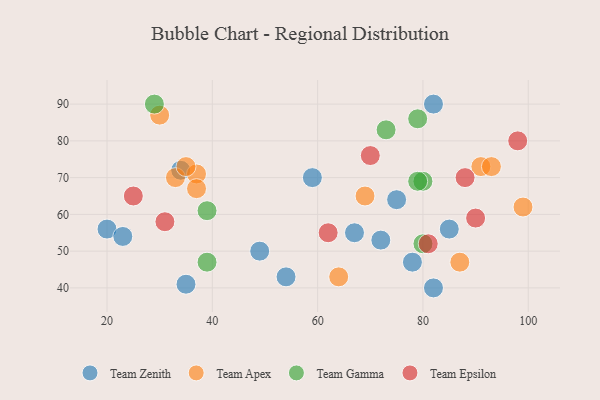
{"axis": {"x": "GDP", "y": "Life Expectancy"}, "legend": ["Team Apex", "Team Epsilon", "Team Gamma", "Team Zenith"], "data": [{"x": "78", "y": 47, "type": "Team Zenith"}, {"x": "54", "y": 43, "type": "Team Zenith"}, {"x": "75", "y": 64, "type": "Team Zenith"}, {"x": "67", "y": 55, "type": "Team Zenith"}, {"x": "82", "y": 40, "type": "Team Zenith"}, {"x": "49", "y": 50, "type": "Team Zenith"}, {"x": "34", "y": 72, "type": "Team Zenith"}, {"x": "82", "y": 90, "type": "Team Zenith"}, {"x": "72", "y": 53, "type": "Team Zenith"}, {"x": "59", "y": 70, "type": "Team Zenith"}, {"x": "35", "y": 41, "type": "Team Zenith"}, {"x": "20", "y": 56, "type": "Team Zenith"}, {"x": "85", "y": 56, "type": "Team Zenith"}, {"x": "23", "y": 54, "type": "Team Zenith"}, {"x": "33", "y": 70, "type": "Team Apex"}, {"x": "30", "y": 87, "type": "Team Apex"}, {"x": "64", "y": 43, "type": "Team Apex"}, {"x": "37", "y": 71, "type": "Team Apex"}, {"x": "91", "y": 73, "type": "Team Apex"}, {"x": "93", "y": 73, "type": "Team Apex"}, {"x": "99", "y": 62, "type": "Team Apex"}, {"x": "37", "y": 67, "type": "Team Apex"}, {"x": "35", "y": 73, "type": "Team Apex"}, {"x": "69", "y": 65, "type": "Team Apex"}, {"x": "87", "y": 47, "type": "Team Apex"}, {"x": "80", "y": 69, "type": "Team Gamma"}, {"x": "39", "y": 47, "type": "Team Gamma"}, {"x": "80", "y": 52, "type": "Team Gamma"}, {"x": "79", "y": 86, "type": "Team Gamma"}, {"x": "73", "y": 83, "type": "Team Gamma"}, {"x": "79", "y": 69, "type": "Team Gamma"}, {"x": "39", "y": 61, "type": "Team Gamma"}, {"x": "29", "y": 90, "type": "Team Gamma"}, {"x": "90", "y": 59, "type": "Team Epsilon"}, {"x": "62", "y": 55, "type": "Team Epsilon"}, {"x": "88", "y": 70, "type": "Team Epsilon"}, {"x": "98", "y": 80, "type": "Team Epsilon"}, {"x": "70", "y": 76, "type": "Team Epsilon"}, {"x": "31", "y": 58, "type": "Team Epsilon"}, {"x": "81", "y": 52, "type": "Team Epsilon"}, {"x": "25", "y": 65, "type": "Team Epsilon"}]}